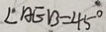
\angle A E B = 4 5 ^ { \circ }